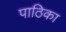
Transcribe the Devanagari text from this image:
पाठिका